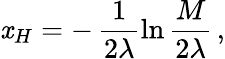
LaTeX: \mathit{x}_{H}=-\, \frac{{1}}{{2\lambda}}\ln\frac{{M}}{{2\lambda}}\, ,